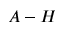
A - H